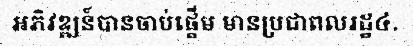
អភិវឌ្ឍន៍បានចាប់ផ្តើម មានប្រជាពលរដ្ឋ៤.